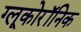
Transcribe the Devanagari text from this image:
ग्लूकोरॉनिक